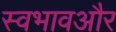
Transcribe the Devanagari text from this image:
स्वभावऔर